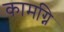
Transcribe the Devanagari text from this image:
कामग्नि